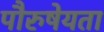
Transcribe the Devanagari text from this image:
पौरुषेयता